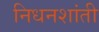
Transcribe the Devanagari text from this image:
निधनशांती